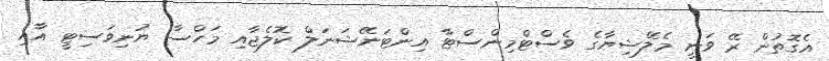
އެގޮތުން ރޭ ވަނީ މެލޭޝިޔާގެ ވެސްޓްމިންސްޓާ އިންޓަނޭޝަނަލް ކޮލެޖާއި މަހްސާ ޔުނިވަސިޓީ އާއި